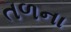
તળના